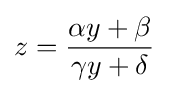
z={\frac {\alpha y+\beta }{\gamma y+\delta }}